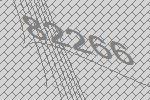
82266